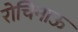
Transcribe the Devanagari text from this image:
रोचिनाऊ